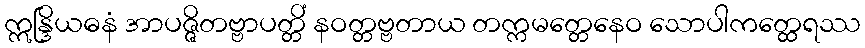
ဣန္ဒြိယဓနံ အာပဇ္ဇိတဗ္ဗာပတ္တိံ နဝတ္တဗ္ဗတာယ တက္ကမတ္တေနေဝ သောပါကတ္ထေရဿ